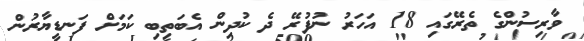
ވާރިސުންގެ ތެރޭގައި 18 އަހަރު ނުފުރޭ ދެ ކުދިން އެބަތިބި ކަމަށް ފަނޑީޔާރުން